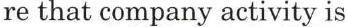
re that company activity is